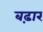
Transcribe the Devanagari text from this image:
बढ़ार